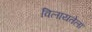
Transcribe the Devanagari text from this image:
विलायतेला